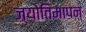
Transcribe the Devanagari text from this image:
ज्योतिमापन